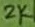
Text: 2K